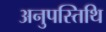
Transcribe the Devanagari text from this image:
अनुपस्तिथि